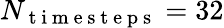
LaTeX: N_{\mathrm{~t~i~m~e~s~t~e~p~s~}}=32